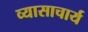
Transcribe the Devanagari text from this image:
व्यासाचार्य